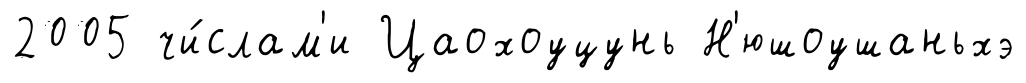
2005 чи́слам'и Цаохоуцунь Н'юшоушаньхэ